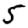
Digit: 5